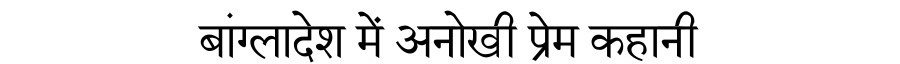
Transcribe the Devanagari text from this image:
बांग्लादेश में अनोखी प्रेम कहानी